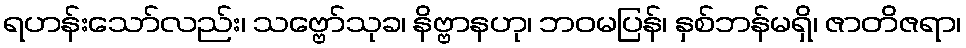
ရဟန်းသော်လည်း၊ သဗ္ဗော်သုခ၊ နိဗ္ဗာနဟု၊ ဘဝမပြန်၊ နှစ်ဘန်မရှိ၊ ဇာတိဇရာ၊